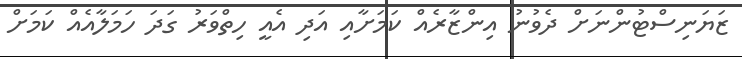
ޒަޔަނިސްޓުންނަށް ދެވުނު އިންޒާރެއް ކަމަށާއި އަދި އެއީ ހިތްވަރު ގަދަ ހަމަލާއެއް ކަމަށް